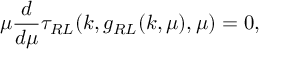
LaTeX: \mu \frac { d } { d \mu } \tau _ { R L } ( k , g _ { R L } ( k , \mu ) , \mu ) = 0 ,